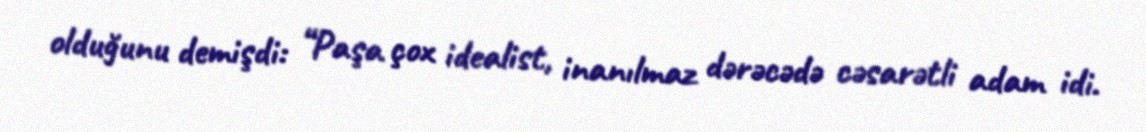
olduğunu demişdi: “Paşa çox idealist, inanılmaz dərəcədə cəsarətli adam idi.